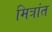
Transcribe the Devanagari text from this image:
मित्रांत